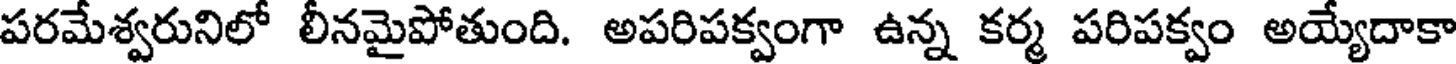
పరమేశ్వరునిలో లీనమైపోతుంది. అపరిపక్వంగా ఉన్న కర్మ పరిపక్వం అయ్యేదాకా